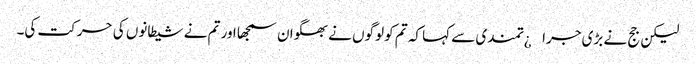
لیکن جج نے بڑی جرا¿تمندی سے کہا کہ تم کو لوگوں نے بھگوان سمجھا اور تم نے شیطانوں کی حرکت کی۔